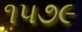
૧૫૭૯